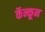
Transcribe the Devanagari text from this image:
कॅन्कून